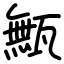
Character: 甒